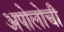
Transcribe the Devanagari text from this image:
अपोलोची